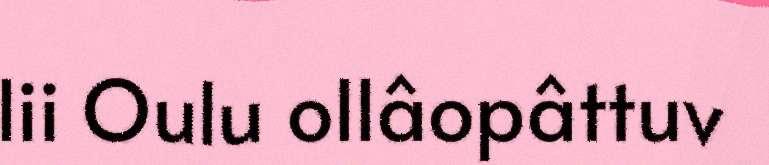
lii Oulu ollâopâttuv